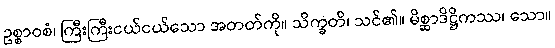
ဥစ္စာဝစံ၊ ကြီးကြီးငယ်ငယ်သော အတတ်ကို။ သိက္ခတိ၊ သင်၏။ မိစ္ဆာဒိဋ္ဌိကဿ၊ သော။